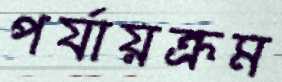
পর্যায়ক্রম